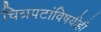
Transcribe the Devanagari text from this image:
चित्रपटांविषयीही